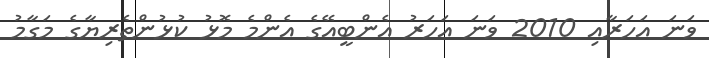
ވަނަ އަހަރާއި 2010 ވަނަ އަހަރު އެންބީއޭގެ އެންމެ މޮޅު ކުޅުންތެރިޔާގެ މަގާމު